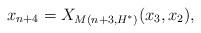
LaTeX: \begin{align*}x_{n+4} = X_{M(n+3, H^*)}(x_3, x_2),\end{align*}